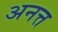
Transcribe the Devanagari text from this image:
अनत्त